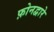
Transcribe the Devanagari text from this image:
फ़ोनद्वारे